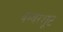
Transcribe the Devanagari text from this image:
बम्बरशूट